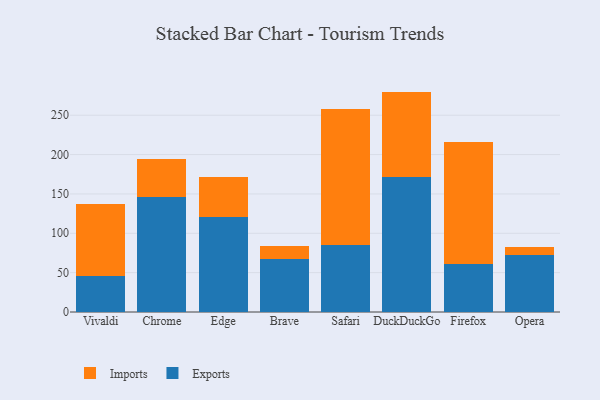
{"axis": {"x": "Browser", "y": "Tickets Resolved"}, "legend": ["Exports", "Imports"], "data": [{"x": "Vivaldi", "y": 45.8, "type": "Exports"}, {"x": "Vivaldi", "y": 91.5, "type": "Imports"}, {"x": "Chrome", "y": 145.6, "type": "Exports"}, {"x": "Chrome", "y": 48.5, "type": "Imports"}, {"x": "Edge", "y": 121.0, "type": "Exports"}, {"x": "Edge", "y": 51.1, "type": "Imports"}, {"x": "Brave", "y": 67.7, "type": "Exports"}, {"x": "Brave", "y": 16.3, "type": "Imports"}, {"x": "Safari", "y": 85.2, "type": "Exports"}, {"x": "Safari", "y": 173.0, "type": "Imports"}, {"x": "DuckDuckGo", "y": 172.1, "type": "Exports"}, {"x": "DuckDuckGo", "y": 107.9, "type": "Imports"}, {"x": "Firefox", "y": 61.3, "type": "Exports"}, {"x": "Firefox", "y": 154.4, "type": "Imports"}, {"x": "Opera", "y": 72.7, "type": "Exports"}, {"x": "Opera", "y": 9.5, "type": "Imports"}]}